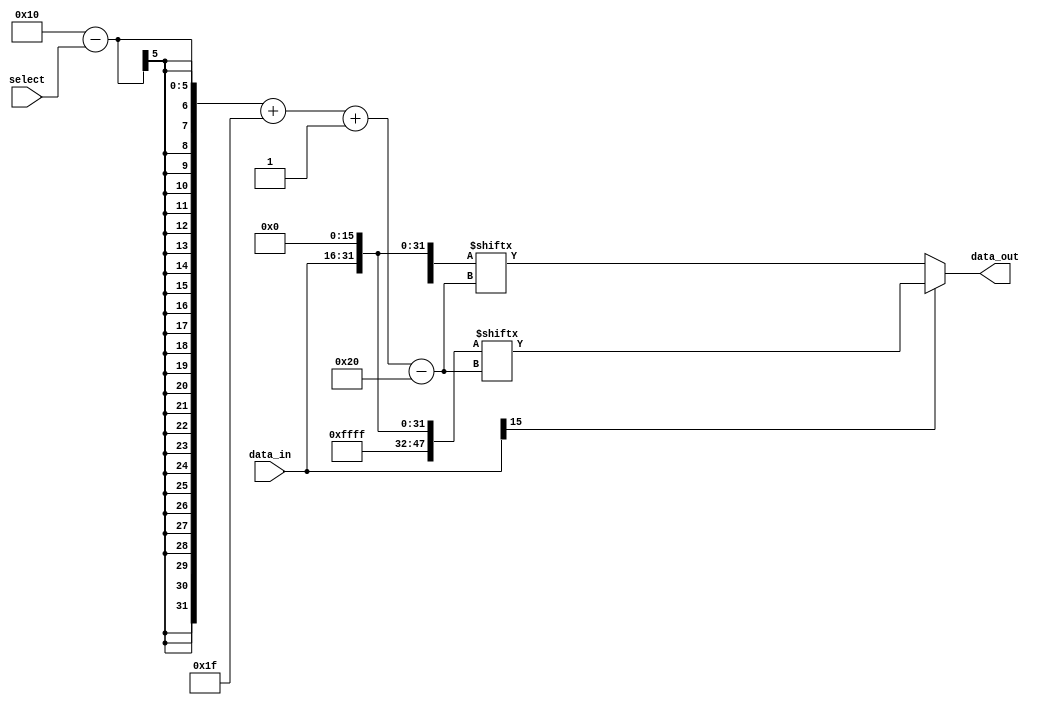
module shifter (
    input wire [15:0] data_in,
    input wire [3:0] select,
    output wire [31:0] data_out
);
    wire [47:0] data_in_double;
    wire [47:0] data_in_double2;
    assign data_in_double = {16'b0000000000000000,data_in,16'b0000000000000000};
    assign data_in_double2 = {16'b1111111111111111,data_in,16'b0000000000000000};

//The same as signal[select + 15 : select]
    assign data_out = (data_in[15])? data_in_double2[(16-select)+31-:32] : data_in_double[(16-select)+31-:32];

endmodule